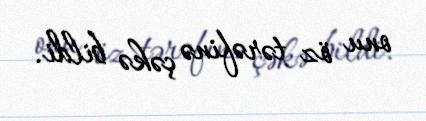
onu öz tərəfinə çəkə bildi.